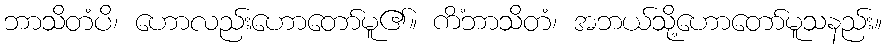
ဘာသိတံပိ၊ ဟောလည်းဟောတော်မူ၏။ ကိံဘာသိတံ၊ အဘယ်သို့ဟောတော်မူသနည်း။